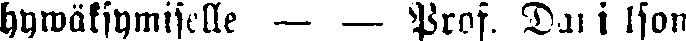
hywäksymiselle — — Prof. Dan i lson